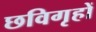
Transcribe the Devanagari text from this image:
छविगृहों